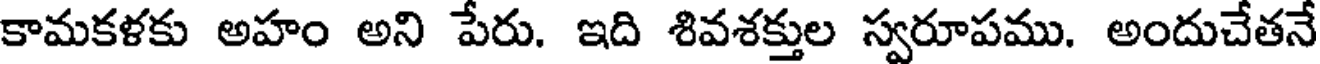
కామకళకు అహం అని పేరు. ఇది శివశక్తుల స్వరూపము. అందుచేతనే